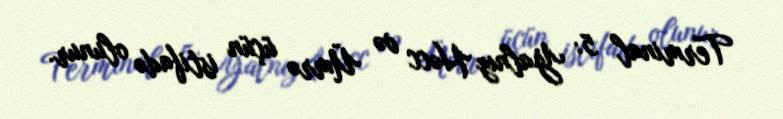
Terminal 5: Yalnız Həcc və Ümrə üçün istifadə olunur.